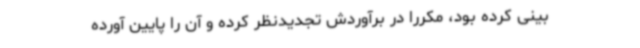
بینی کرده بود، مکررا در برآوردش تجدیدنظر کرده و آن را پایین آورده